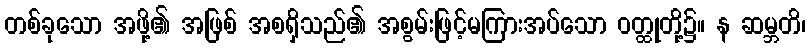
တစ်ခုသော အဖို့၏ အဖြစ် အစရှိသည်၏ အစွမ်းဖြင့်မကြားအပ်သော ဝတ္ထုတို့၌။ န ဆမ္ဘတိ၊